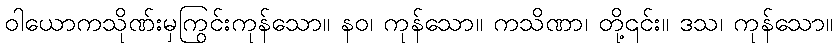
ဝါယောကသိုဏ်းမှကြွင်းကုန်သော။ နဝ၊ ကုန်သော။ ကသိဏာ၊ တို့၎င်း။ ဒသ၊ ကုန်သော။